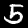
Digit: 5